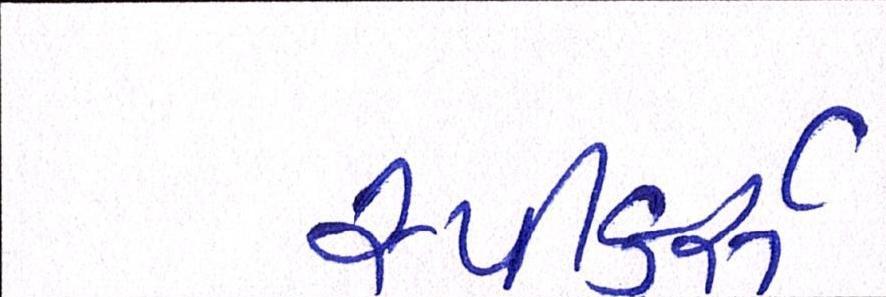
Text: સ્પીકર્સ